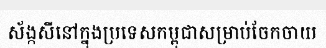
ស័ង្កសីនៅក្នុងប្រទេសកម្ពុជាសម្រាប់ចែកចាយ